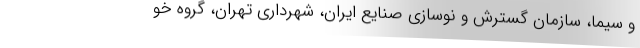
و سیما، سازمان گسترش و نوسازی صنایع ایران، شهرداری تهران، گروه خو